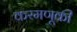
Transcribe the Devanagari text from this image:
करमणूकी